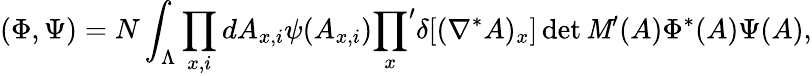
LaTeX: (\Phi,\Psi)=N\int_{\Lambda}\prod_{x,i}dA_{x,i}\psi(A_{x,i}){\prod_{x}}^{\prime}\delta[(\nabla^{*}A)_{x}]\operatorname*{det}\mathit{M}^{\prime}(A)\Phi^{*}(A)\Psi(A),